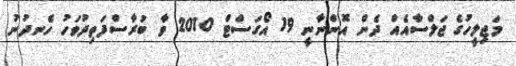
މަޖިލީހުގެ ޖަލްސާއެއް ދެން އޮންނާނީ 19 އޯގަސްޓް 2010 ވާ ބުރާސްފަތިދުވަހު ހެނދުނު